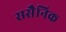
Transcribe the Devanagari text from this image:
ससैनिक